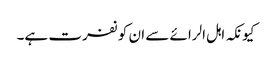
کیونکہ اہل الرائے سے ان کو نفرت ہے۔